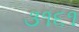
૩૧૬૧